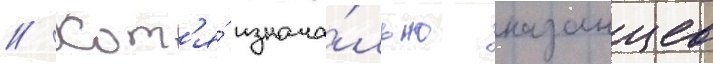
// Хот'я́ изнача́льно казанцев